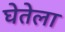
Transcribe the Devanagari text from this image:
घेतेला